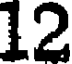
12